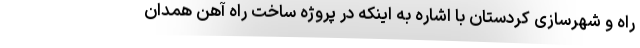
راه و شهرسازی کردستان با اشاره به اینکه در پروژه ساخت راه آهن همدان